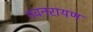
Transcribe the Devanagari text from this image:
नवनरायण